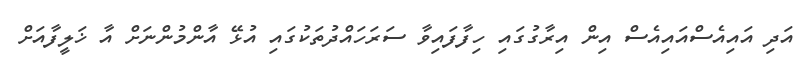
އަދި އައިއެސްއައިއެސް އިން އިރާގުގައި ހިފާފައިވާ ސަރަހައްދުތަކުގައި އުޅޭ އާންމުންނަށް އާ ޚަލީފާއަށް